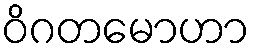
ဝိဂတမောဟာ